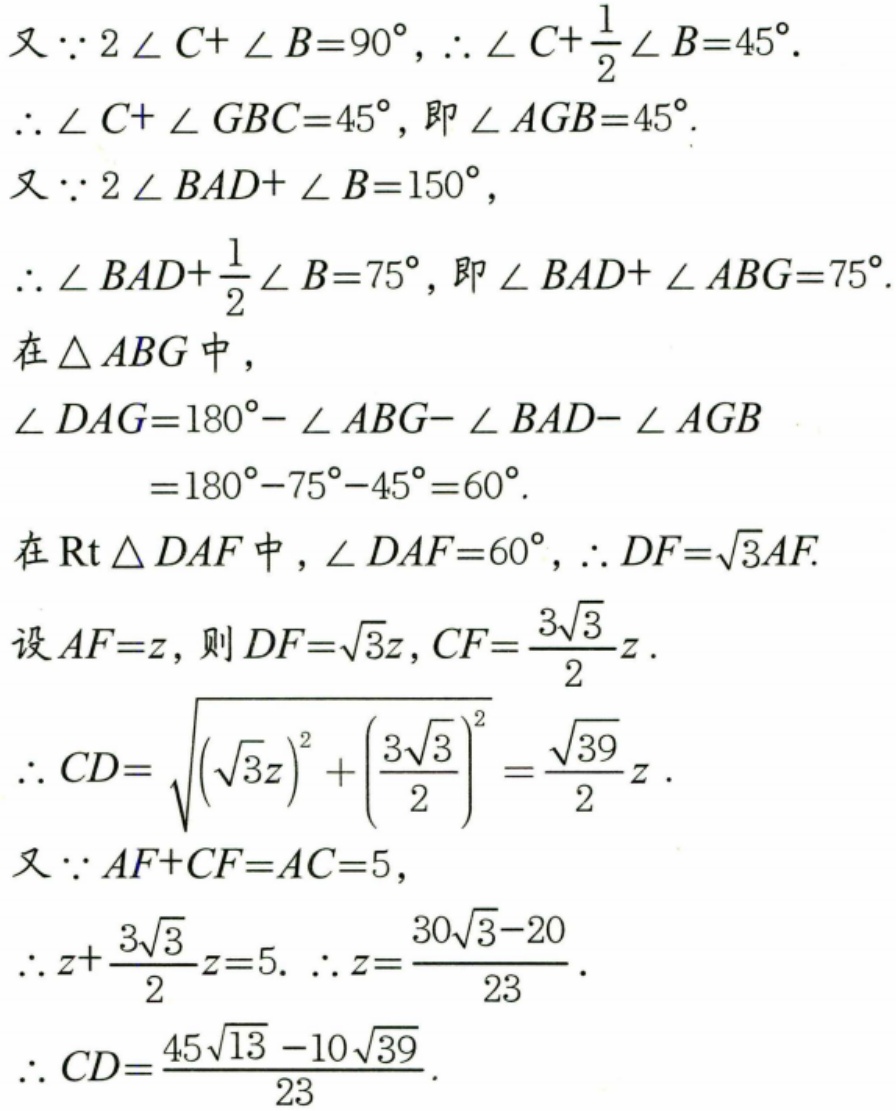
又\(\because 2\angle C+\angle B = 90^{\circ}\)，\(\therefore\angle C+\frac{1}{2}\angle B = 45^{\circ}\).
\(\therefore\angle C+\angle GBC = 45^{\circ}\)，即\(\angle AGB = 45^{\circ}\).
又\(\because 2\angle BAD+\angle B = 150^{\circ}\)，
\(\therefore\angle BAD+\frac{1}{2}\angle B = 75^{\circ}\)，即\(\angle BAD+\angle ABG = 75^{\circ}\).
在\(\triangle ABG\)中，
\(\angle DAG=180^{\circ}-\angle ABG - \angle BAD-\angle AGB\)
\(=180^{\circ}-75^{\circ}-45^{\circ}=60^{\circ}\).
在\(\text{Rt}\triangle DAF\)中，\(\angle DAF = 60^{\circ}\)，\(\therefore DF = \sqrt{3}AF\).
设\(AF = z\)，则\(DF=\sqrt{3}z\)，\(CF=\frac{3\sqrt{3}}{2}z\).
\(\therefore CD=\sqrt{(\sqrt{3}z)^{2}+\left(\frac{3\sqrt{3}}{2}\right)^{2}}=\frac{\sqrt{39}}{2}z\).
又\(\because AF + CF=AC = 5\)，
\(\therefore z+\frac{3\sqrt{3}}{2}z = 5\). \(\therefore z=\frac{30\sqrt{3}-20}{23}\).
\(\therefore CD=\frac{45\sqrt{13}-10\sqrt{39}}{23}\).